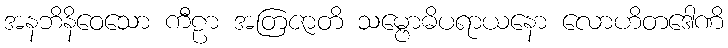
အနဘိနိဝေသော ကီဠာ အတြဇာတိ သမ္ဗောဓိပရာယနော လောဟိတဒေါဏိ